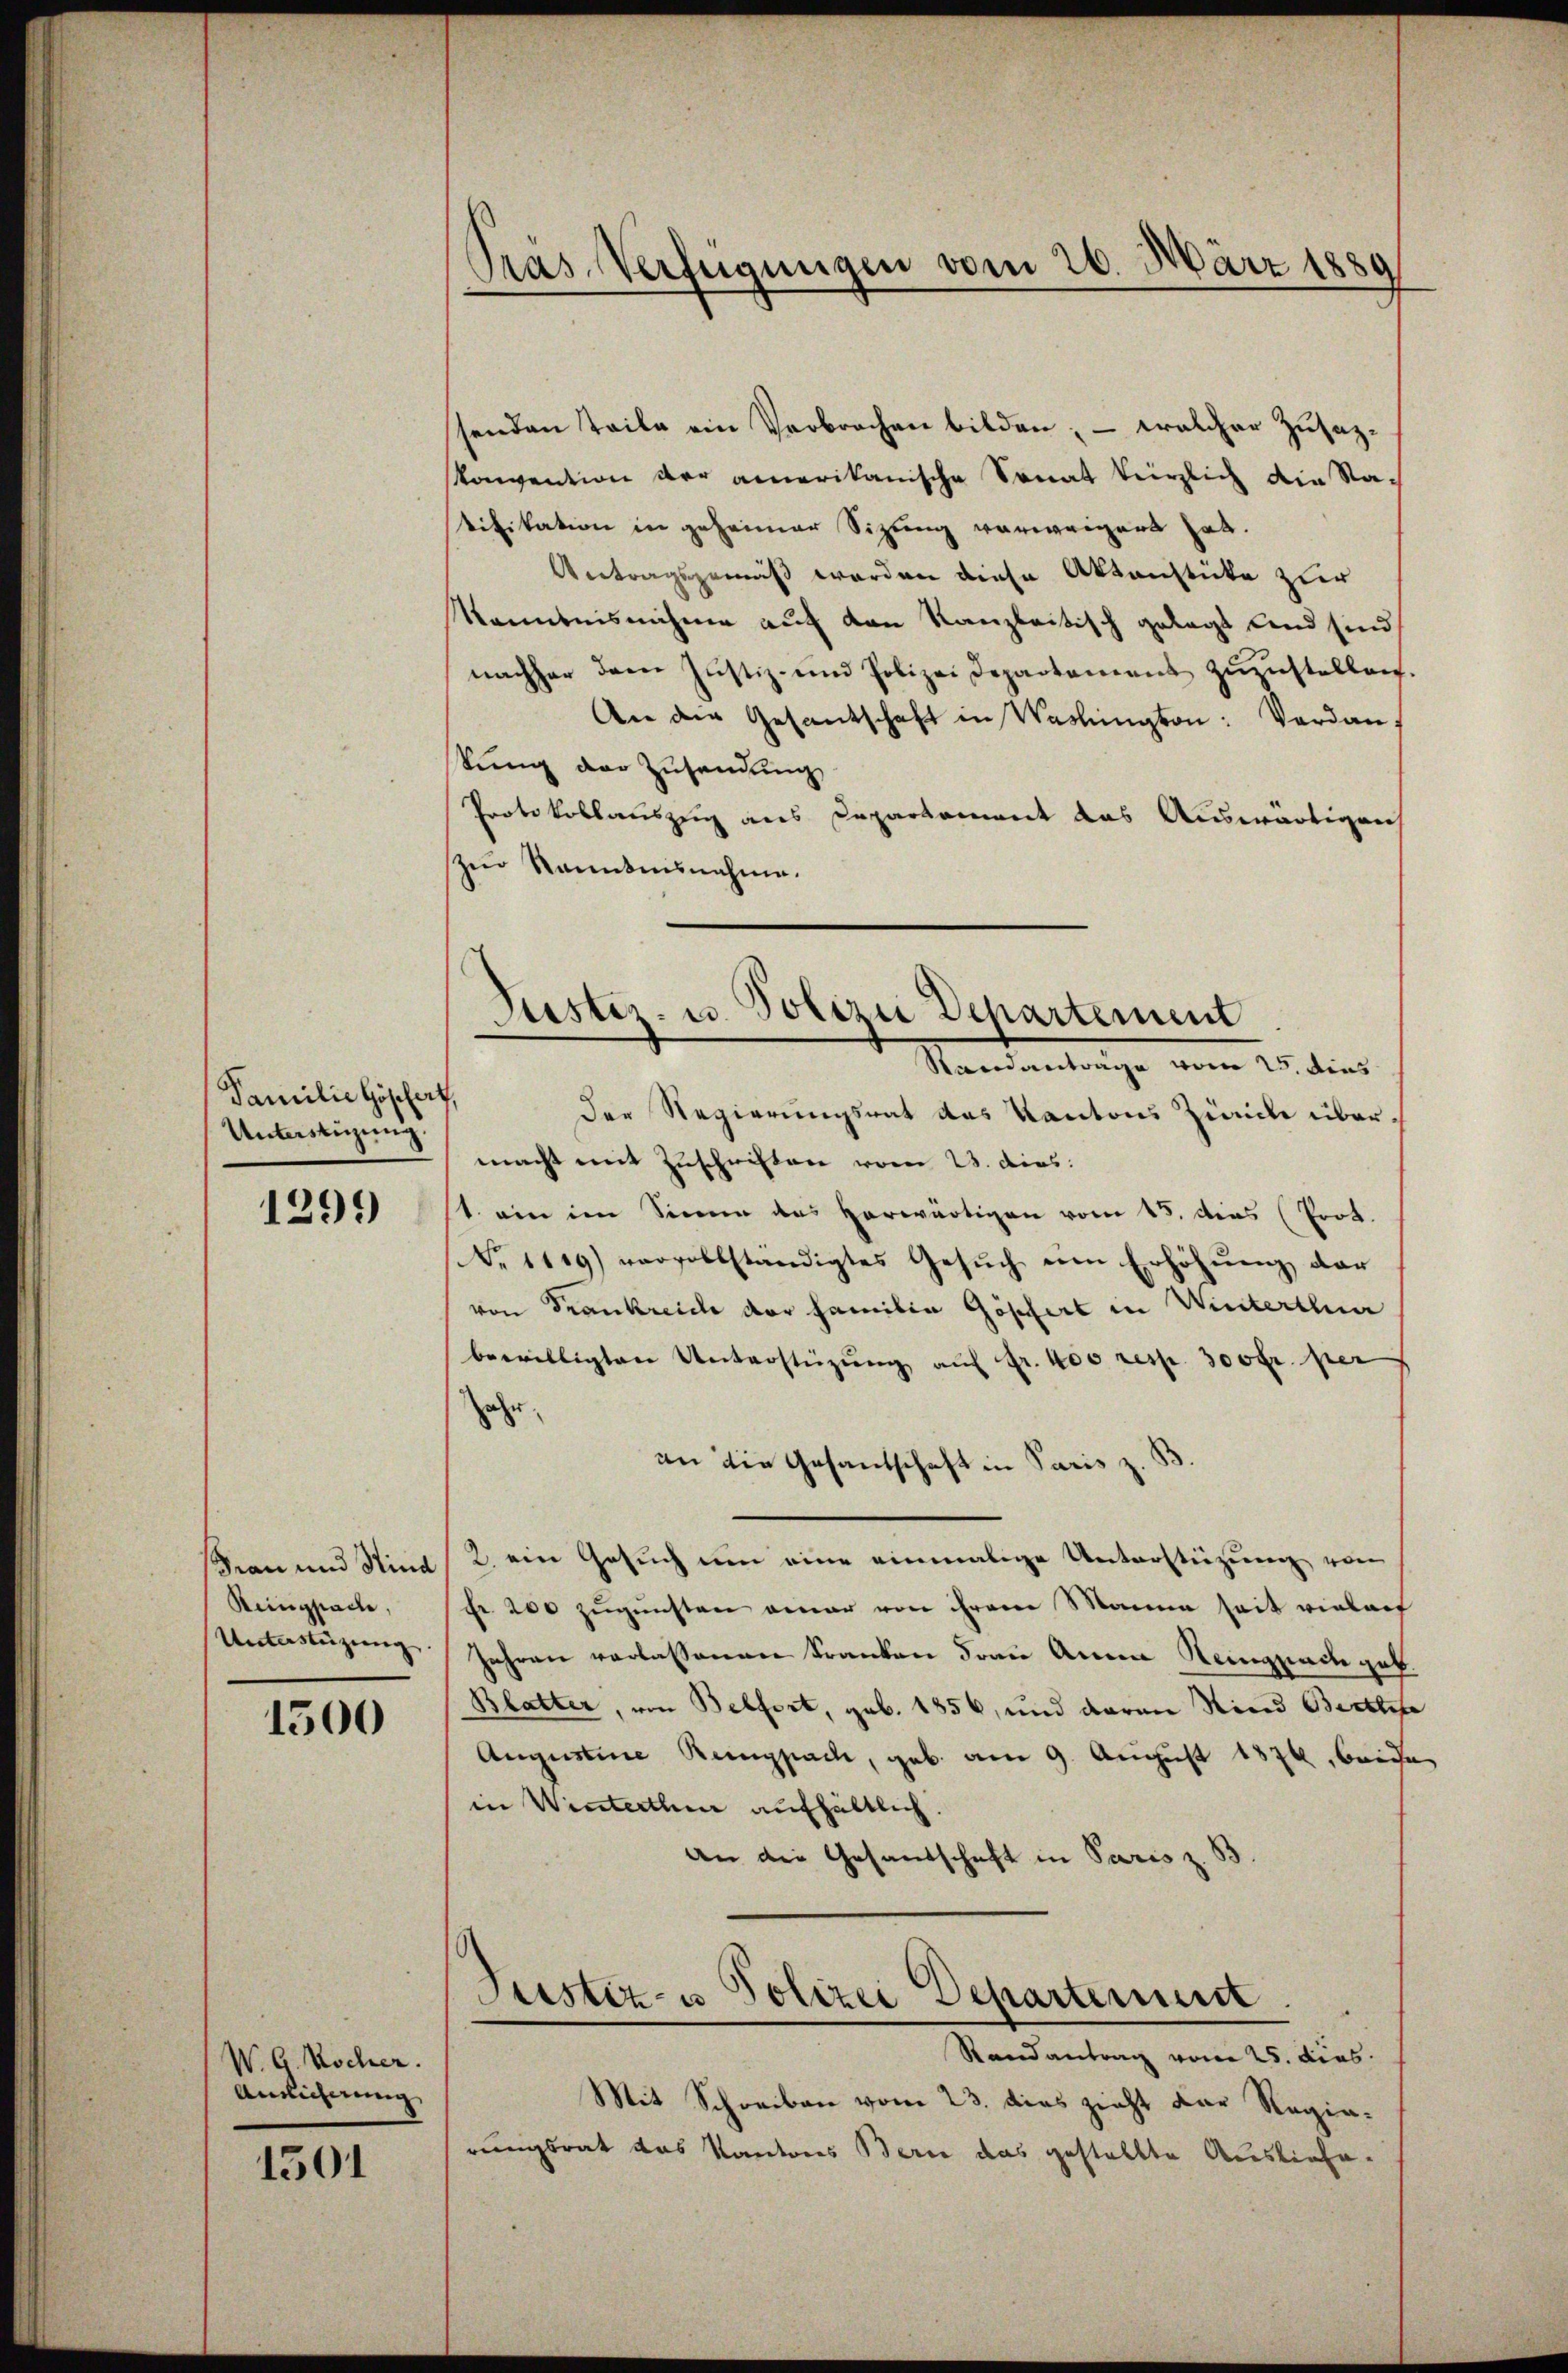
Familie Göschert,
Unterstüzung.

1299)

Frau und Kind
Reingsache,
Unterstüzung.

1500

W. G. Wocher.
Aneichnung

1501

Pras-Verfügungen vom 26. März 1889

senden Teile ein Verbrochen bilden; — welcher Zusatzkonvention der amerikanische Sonat verzlich die Na-
tifikation in geheimer Sitzung verweigert hat.
Vertragsgemäß werden diese Aktenstücke zur
Kenntnisnahme auf den kanzleitisch gelegt und sind
nachher dem Justiz- und Polizei Departement zuzustellen.
An die Gesantschaft in Washington: Verdankung der Zusendung
Protokollauszug aus Departement das Auswärtigen
zur kanntensnahme.
Der Regierungsrat des Kantons Zwicke übermacht mit Zuschriften vom 23. dies
1. ein im Sinne das herwärtigen vom 15. dies Prof.
Nr 1119) vervollständigtes Gesuch um Erhöhung der
von Frankreiche der Familia Göpfert in Winterthur
bewilligten Unterstüzŭng aŭf fr. 400 resp. 300 fr. per
ehr
an die Gesandschaft in Paris z. B.
2 eine Gesuch um eine einmalige Unterstüzung von
Fr. 200 zugunsten einer von ihrem Manne seit vieleih
Jahren verlassenen Kranken Frau Anna Reingnach geb.
Blatter, von Belfort, geb. 1856, und daran Kind Berthe
Augustine Reinpach, geb. am 9. August 1876, beiden
in Winterthen aufhältlich.
an die Gesandschaft in Paris z. B
Justiz- u Polizei Departemen.
Randantrag vom 25. dies
Mit Schreiben vom 23. dies zieht der Regiarungsrat das Kantons Berne das gestellte Ausliefe¬

Justiz- u. Polizei Departement
Standantrage vom 25. dies